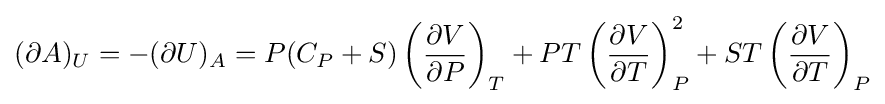
(\partial A)_{U}=-(\partial U)_{A}=P(C_{P}+S)\left({\frac {\partial V}{\partial P}}\right)_{T}+PT\left({\frac {\partial V}{\partial T}}\right)_{P}^{2}+ST\left({\frac {\partial V}{\partial T}}\right)_{P}